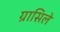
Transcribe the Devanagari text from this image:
ग्रासिले